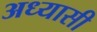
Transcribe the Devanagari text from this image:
अध्यासी